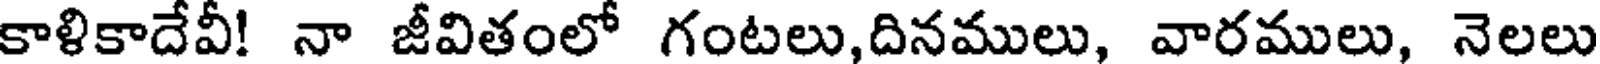
కాళికాదేవీ! నా జీవితంలో గంటలు,దినములు, వారములు, నెలలు